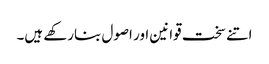
اتنے سخت قوانین اور اصول بنارکھے ہیں۔